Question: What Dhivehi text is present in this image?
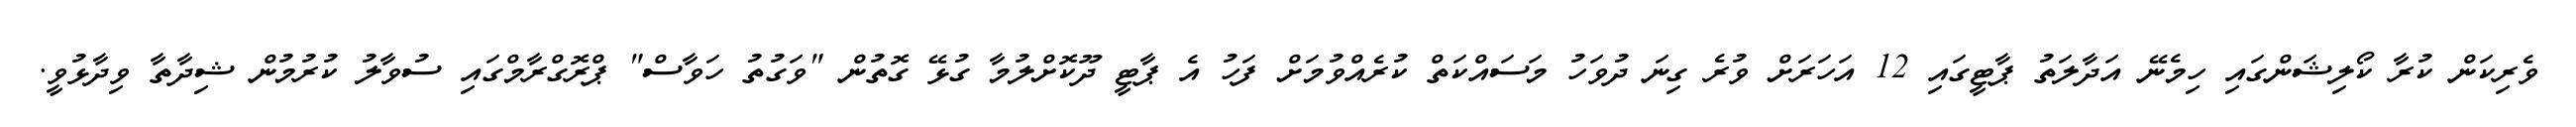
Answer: ވެރިކަން ކުރާ ކޯލިޝަންގައި ހިމެނޭ އަދާލަތު ޕާޓީގައި 12 އަހަރަށް ވުރެ ގިނަ ދުވަހު މަސައްކަތް ކުރެއްވުމަށް ފަހު އެ ޕާޓީ ދޫކޮށްލުމާ ގުޅޭ ގޮތުން "ވަގުތު ހަވާސް" ޕްރޮގްރާމްގައި ސުވާލު ކުރުމުން ޝިދާތާ ވިދާޅުވީ.